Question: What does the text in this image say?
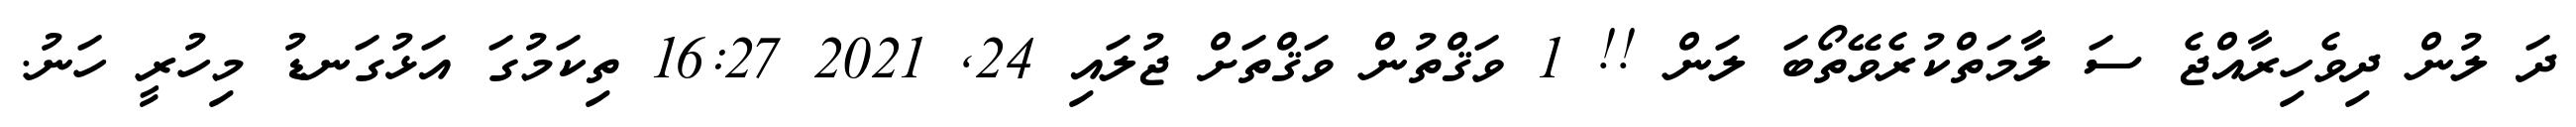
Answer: ދަ ލުން ދިވެހިރާއްޖެ ސަ ލާމަތްކުރެވޭތޯބަ ލަން !! 1 ވަޤްތުން ވަޤްތަށް ޖުލައި 24, 2021 16:27 ތިކަމުގަ އަޅުގަނޑު މިހުރީ ހަނު.